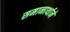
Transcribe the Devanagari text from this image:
समानार्थाने